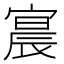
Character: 𫳳